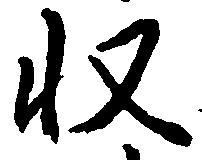
収